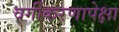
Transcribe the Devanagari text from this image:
वर्गीकरणापेक्षा